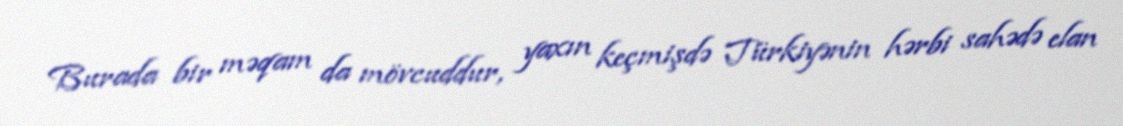
Burada bir məqam da mövcuddur, yaxın keçmişdə Türkiyənin hərbi sahədə elan